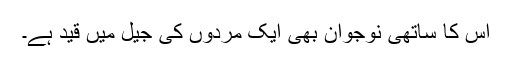
اس کا ساتھی نوجوان بھی ايک مردوں کی جيل ميں قيد ہے۔